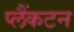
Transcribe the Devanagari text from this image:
प्लैंकटन